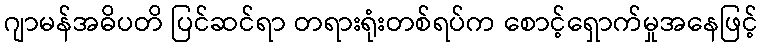
ဂျာမန်အဓိပတိ ပြင်ဆင်ရာ တရားရုံးတစ်ရပ်က စောင့်ရှောက်မှုအနေဖြင့်